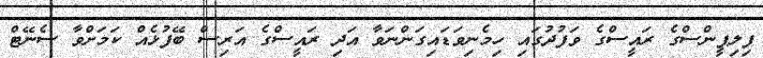
ފިލިޕީންސްގެ ރައީސްގެ ވަފުދުގައި ހިމެނިވަޑައިގަންނަވާ އަދި ރައީސްގެ އަރިސް ބޭފުޅެއް ކަމަށްވާ ސެނޭޓް